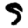
Digit: 9